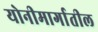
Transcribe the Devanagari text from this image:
योनीमार्गातील